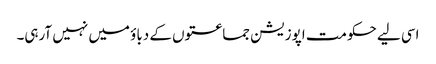
اسی لیے حکومت اپوزیشن جماعتوں کے دباؤ میں نہیں آرہی۔